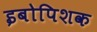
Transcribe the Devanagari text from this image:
इबोपिशक